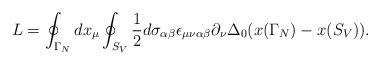
LaTeX: \begin{align*}L=\oint_{\Gamma_N}dx_{\mu}\oint_{S_V}\frac{1}{2}d\sigma_{\alpha\beta}\epsilon_{\mu\nu\alpha\beta}\partial_{\nu}\Delta_0(x(\Gamma_N)-x(S_V)).\end{align*}